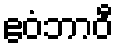
ဧဝံဘာဝီ